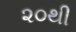
૨૦થી